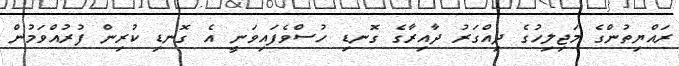
ރައްޔިތުންގެ މަޖިލިހުގެ ދިއްގަރު ދާއިރާގެ ގޮނޑި ހުސްވެފައިވަނީ އެ ގޮނޑި ކުރިން ފުރުއްވަމުން